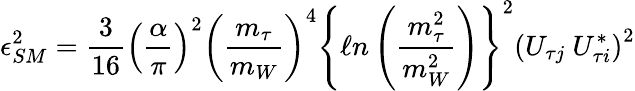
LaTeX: \epsilon_{SM}^{2}=\frac{3}{16}\left(\frac{\alpha}{\pi}\right)^{2}\left(\frac{m_{\tau}}{m_{W}}\right)^{4}\left\{ \ell n\left(\frac{m_{\tau}^{2}}{m_{W}^{2}}\right)\right\} ^{2}\left(U_{\tau j}\ U_{\tau i}^{*}\right)^{2}